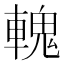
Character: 𨍹